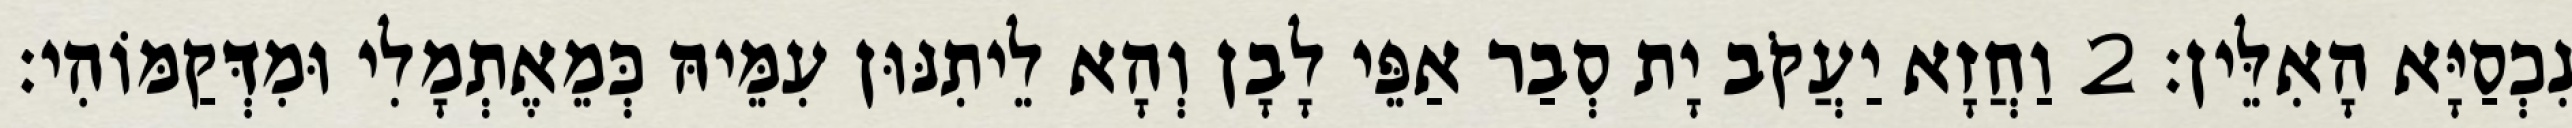
נִכְסַיָּא הָאִלֵּין׃ 2 וַחֲזָא יַעֲקֹב יָת סְבַר אַפֵּי לָבָן וְהָא לֵיתִנּוּן עִמֵּיהּ כְּמֵאֶתְמָלִי וּמִדְּקַמּוֹהִי׃